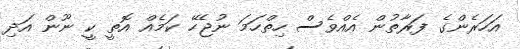
އަހަރެންގެ ފަރާތުން އެއްވެސް ހިތްހަމަ ނުޖެހޭ ކަމެއް އޮތީ ކީ ނޫން އަދި